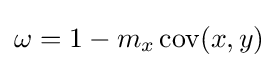
\omega =1-m_{x}\operatorname {cov} (x,y)